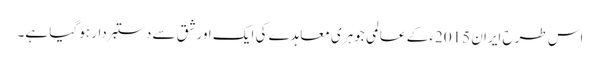
اس طرح ایران 2015ء کے عالمی جوہری معاہدے کی ایک اور شق سے دستبردار ہو گیا ہے۔